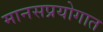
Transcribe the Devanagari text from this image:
मानसप्रयोगात